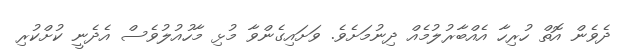
ދެވެން އޮތް ހުރިހާ އެއްބާރުލުމެއް ދިނުމަށެވެ. ވަށައިގެންވާ މުޅި މާހުއުލުވެސް އެދެނީ ކުށްކުރި